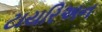
ટાયરિઅન